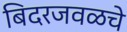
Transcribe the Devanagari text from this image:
बिदरजवळचे